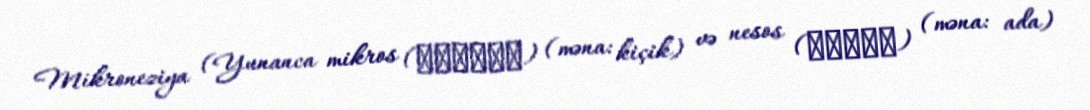
Mikroneziya (Yunanca mikros (μικρός) (məna: kiçik) və nesos (νῆσος) (məna: ada)